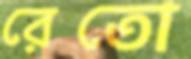
রেতো